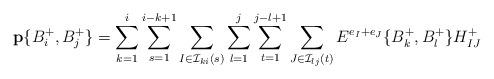
LaTeX: \begin{align*}\mathbf{p}\{B_i^+,B_j^+\}&=\sum_{k=1}^{i}\sum_{s=1}^{i-k+1}\sum_{I\in \mathcal{I}_{ki}(s)}\sum_{l=1}^{j}\sum_{t=1}^{j-l+1}\sum_{J\in \mathcal{I}_{lj}(t)} E^{e_I+e_J}\{B_k^+,B_l^+\}H_{IJ}^+\end{align*}